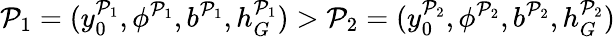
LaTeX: \mathcal{P}_{1}=(y_{0}^{\mathcal{P}_{1}},\phi^{\mathcal{P}_{1}},b^{\mathcal{P}_{1}},h_{G}^{\mathcal{P}_{1}})>\mathcal{P}_{2}=(y_{0}^{\mathcal{P}_{2}},\phi^{\mathcal{P}_{2}},b^{\mathcal{P}_{2}},h_{G}^{\mathcal{P}_{2}})